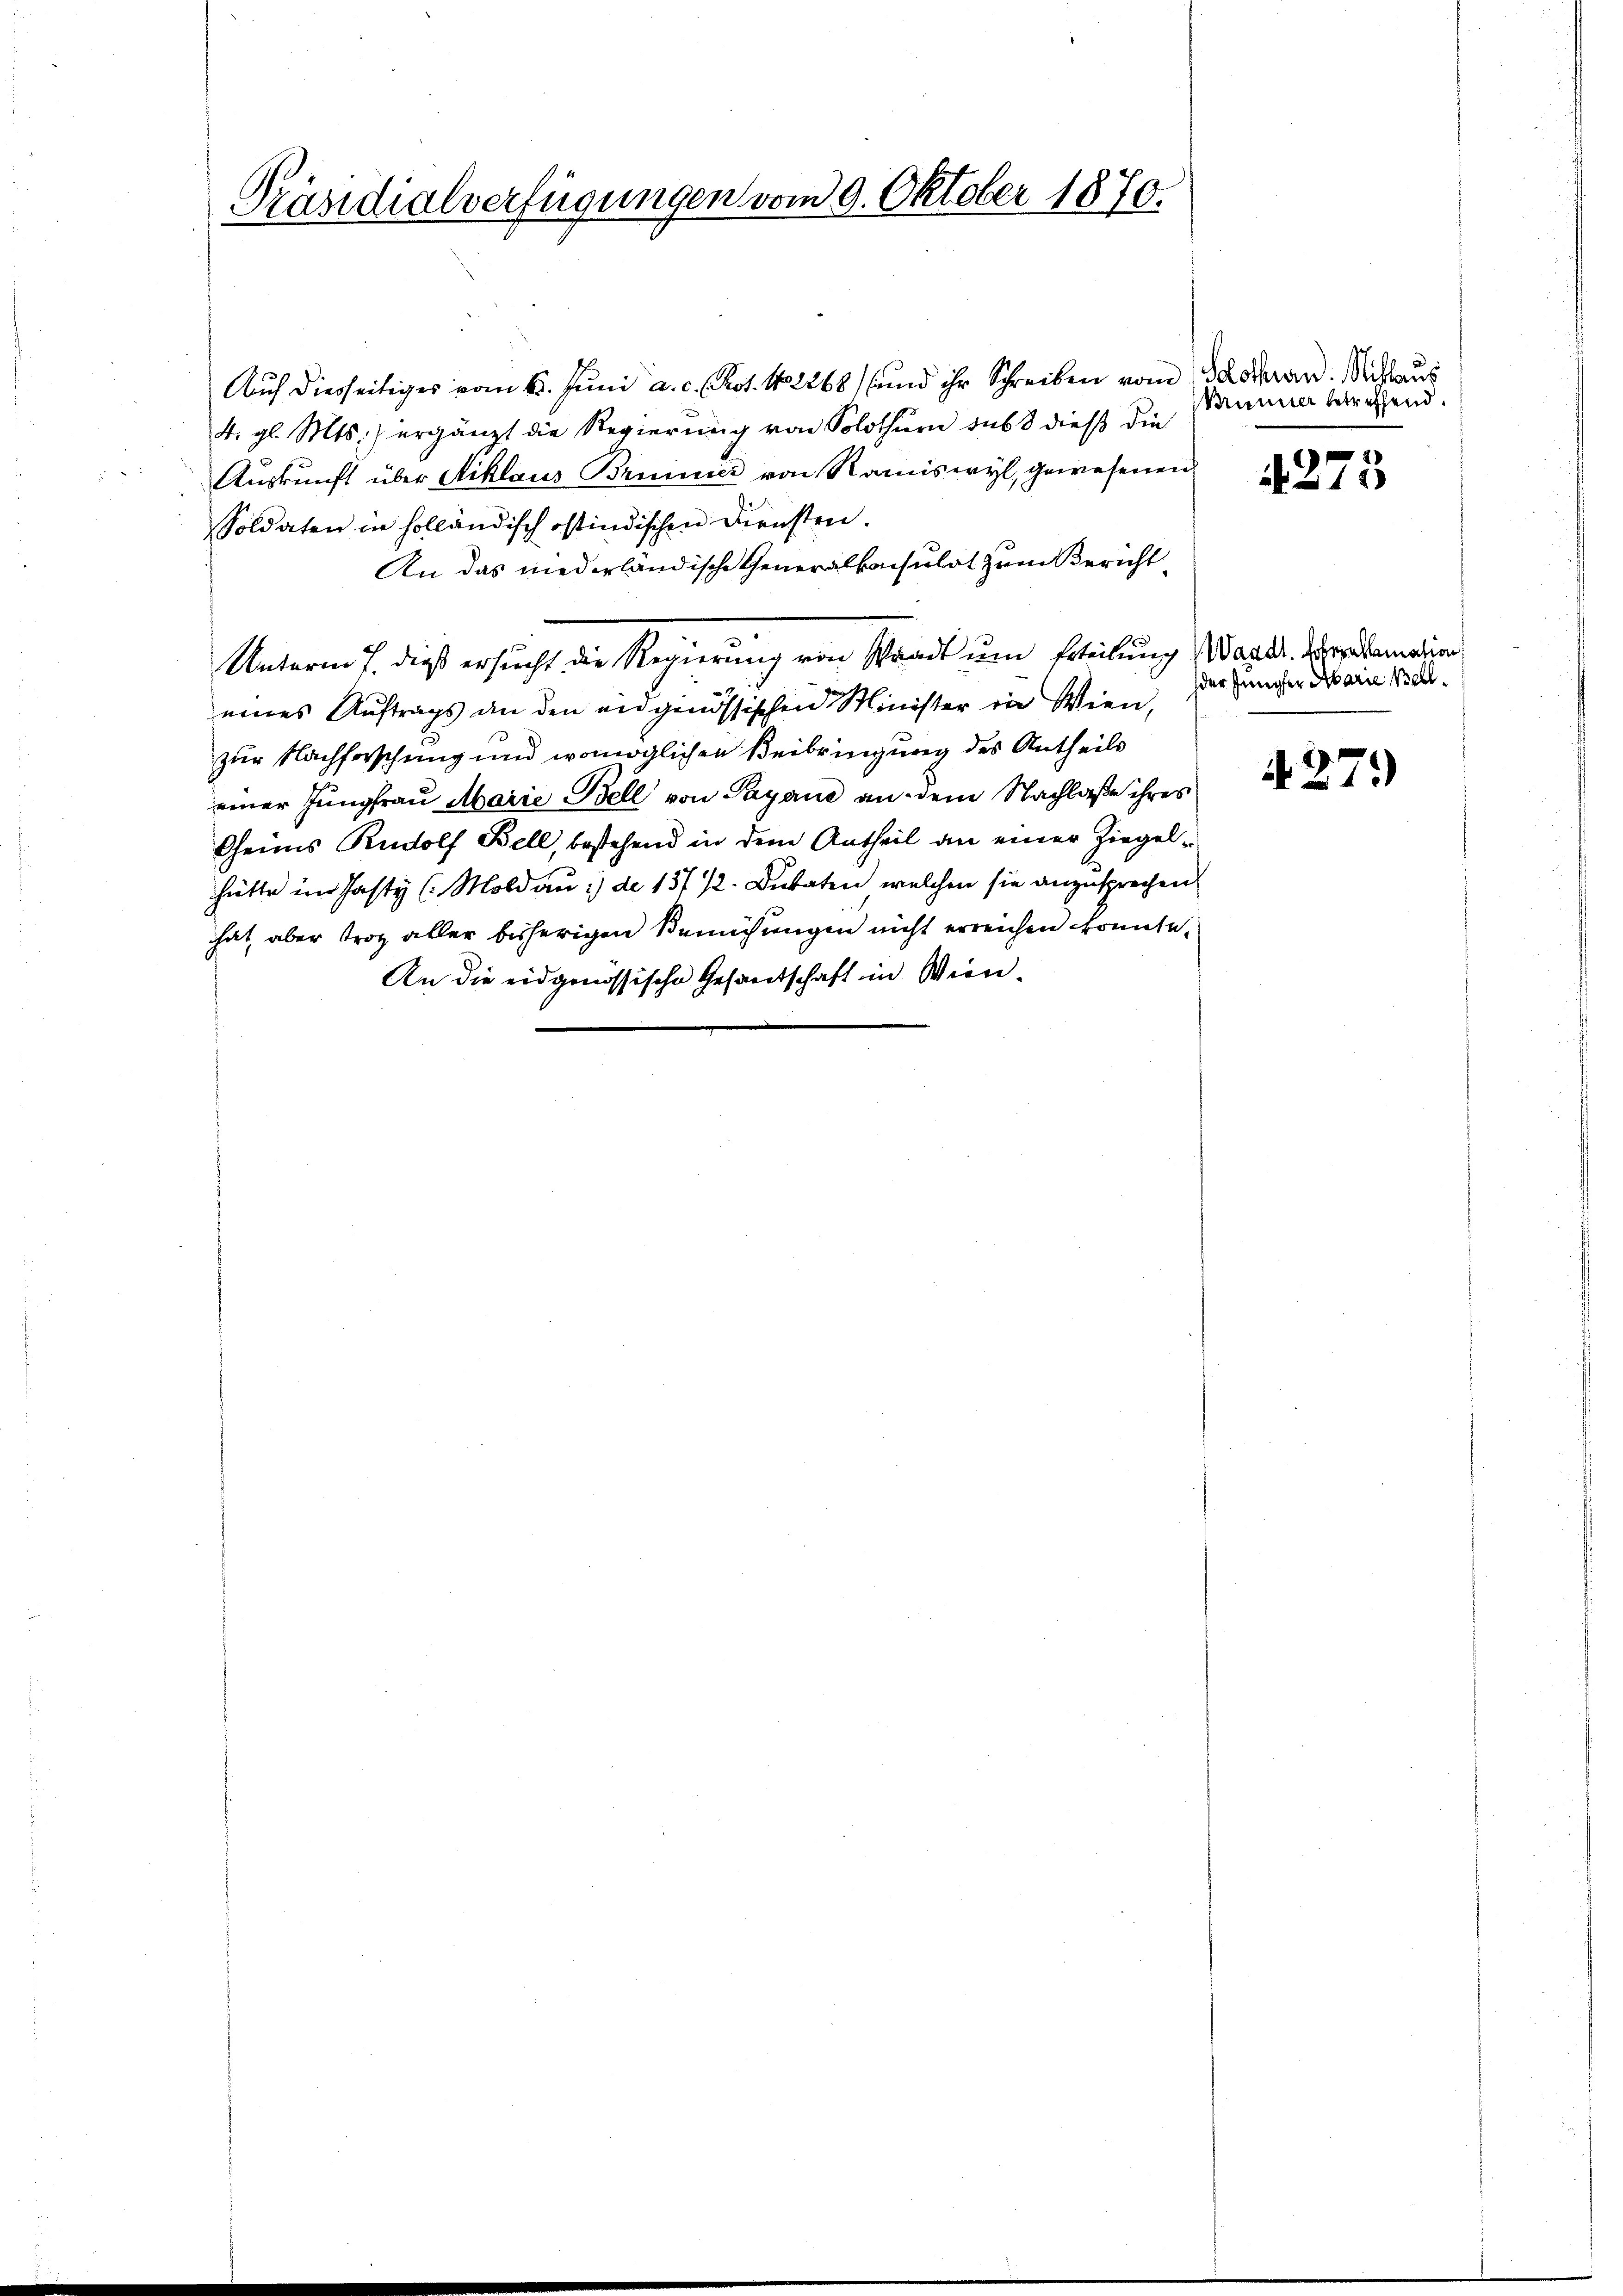
Präsidialverfügungen vom 9. Oktober 1870.

Auf diesseitiges vom 6. Juni a. c. Prot. No 2268 und ihr Schreiben vom 30 dran. Schlaus
4. gl. Mts.) ergänzt die Regierung von Solothurn sub 8 dieß die
Auskunft über Niklaus Brunner von Romiswyl, gewesenen
Soldaten in holländisch ostindischen Diensten.
An das niederländische Generalkonsulat zum Bericht
par
Unterm 7. dieß ersucht die Regierung von Waadt um Erteilung andr. Halamation
eines Auftrags an den eidgenössischen Minister in Wien,
zur Nachforschung und womöglichen Beibringung des Antheils
einer Jungfrau Marie Bell von Payane an dem Nachlaße ihres
Oheims Rudolf Bell, bestehend in dem Antheil an einer Ziegelhätte im Jasty (Moldau :) de 15 f 12 Dukaten, welchen sie anzusprechen
hat, aber trotz aller bisherigen Bemühungen nicht erreichen konnte.
An die eidgenössische Gesandschaft in Wien-

Bunner betreffend.

4273

der Jünger Marie Bell

4279)